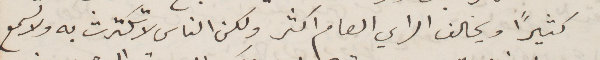
كثيرًأ ويخالف الرأي العام اكثر ولكن الناس لا تكترث به ولاسمع